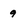
Character: 9